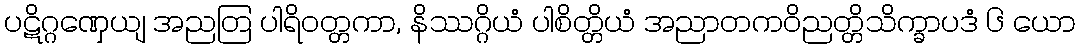
ပဋိဂ္ဂဏှေယျ အညတြ ပါရိဝတ္တကာ, နိဿဂ္ဂိယံ ပါစိတ္တိယံ အညာတကဝိညတ္တိသိက္ခာပဒံ ၆ ယော